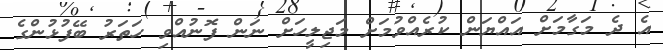
އެ ދެ މަގާމަށް އައްޔަން ކުރެއްވުމަށް މަޖިލީހަށް ނަން ފޮނުއްވި ހަތަރު ބޭފުޅުންގެ